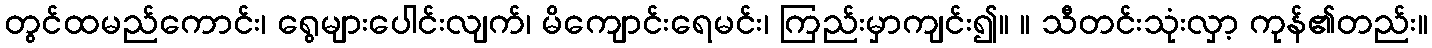
တွင်ထမည်ကောင်း၊ ရွေများပေါင်းလျက်၊ မိကျောင်းရေမင်း၊ ကြည်းမှာကျင်း၍။ ။ သီတင်းသုံးလှာ့ ကုန်၏တည်း။